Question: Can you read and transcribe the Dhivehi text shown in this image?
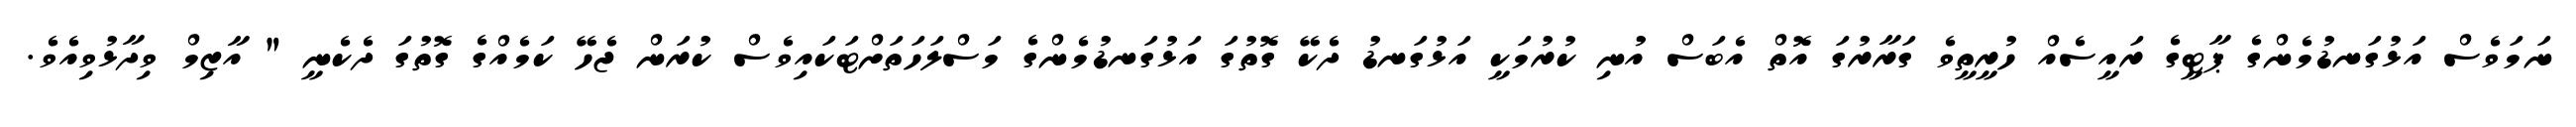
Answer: ނަމަވެސް އަޅުގަނޑުމެންގެ ޕާޓީގެ ރައީސެއް ހުރީތީވެ ގަރާރުގަ އޮތް އެބަސް އުނި ކުރުމަކީ އަޅުގަނޑު ދެކޭ ގޮތުގަ އަޅުގަނޑުމެންގެ މަސްލަހަތަށްޓަކައިވެސް ކުރަން ޖެހޭ ކަމެއްގެ ގޮތުގަ ދެކެނީ " އާޒިމް ވިދާޅުވިއެވެ.